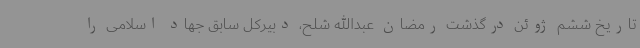
تاریخ ششم ژوئن درگذشت رمضان عبدالله شلح، دبیرکل سابق جهاد اسلامی را